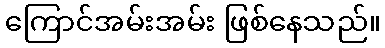
ကြောင်အမ်းအမ်း ဖြစ်နေသည်။